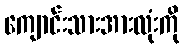
ကျောင်းသားအားလုံးကို